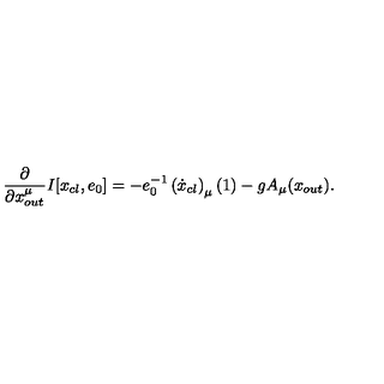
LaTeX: \frac { \partial } { \partial { x } _ { o u t } ^ { \mu } } I [ x _ { c l } , e _ { 0 } ] = - e _ { 0 } ^ { - 1 } \left( \dot { x } _ { c l } \right) _ { \mu } ( 1 ) - g A _ { \mu } ( x _ { o u t } ) .